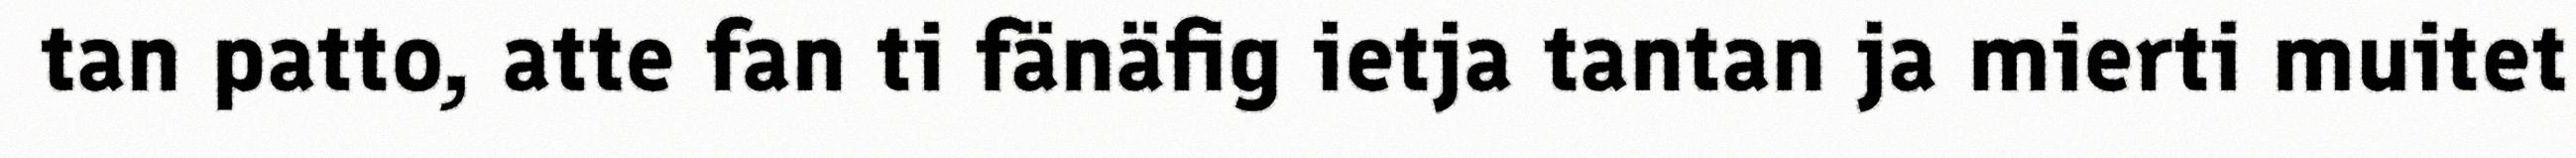
tan patto, atte fan ti fänäfig ietja tantan ja mierti muitet